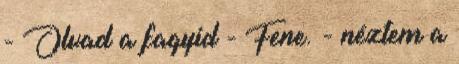
- Olvad a fagyid - Fene. - néztem a